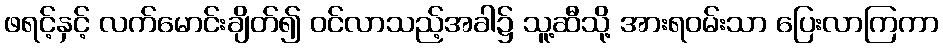
ဖရင့်နှင့် လက်မောင်းချိတ်၍ ဝင်လာသည့်အခါ၌ သူ့ဆီသို့ အားရဝမ်းသာ ပြေးလာကြကာ